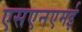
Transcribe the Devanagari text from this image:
एसएनएमई